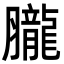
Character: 𦢫